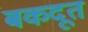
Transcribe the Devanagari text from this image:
बकदूत